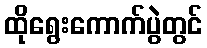
ထိုရွေးကောက်ပွဲတွင်